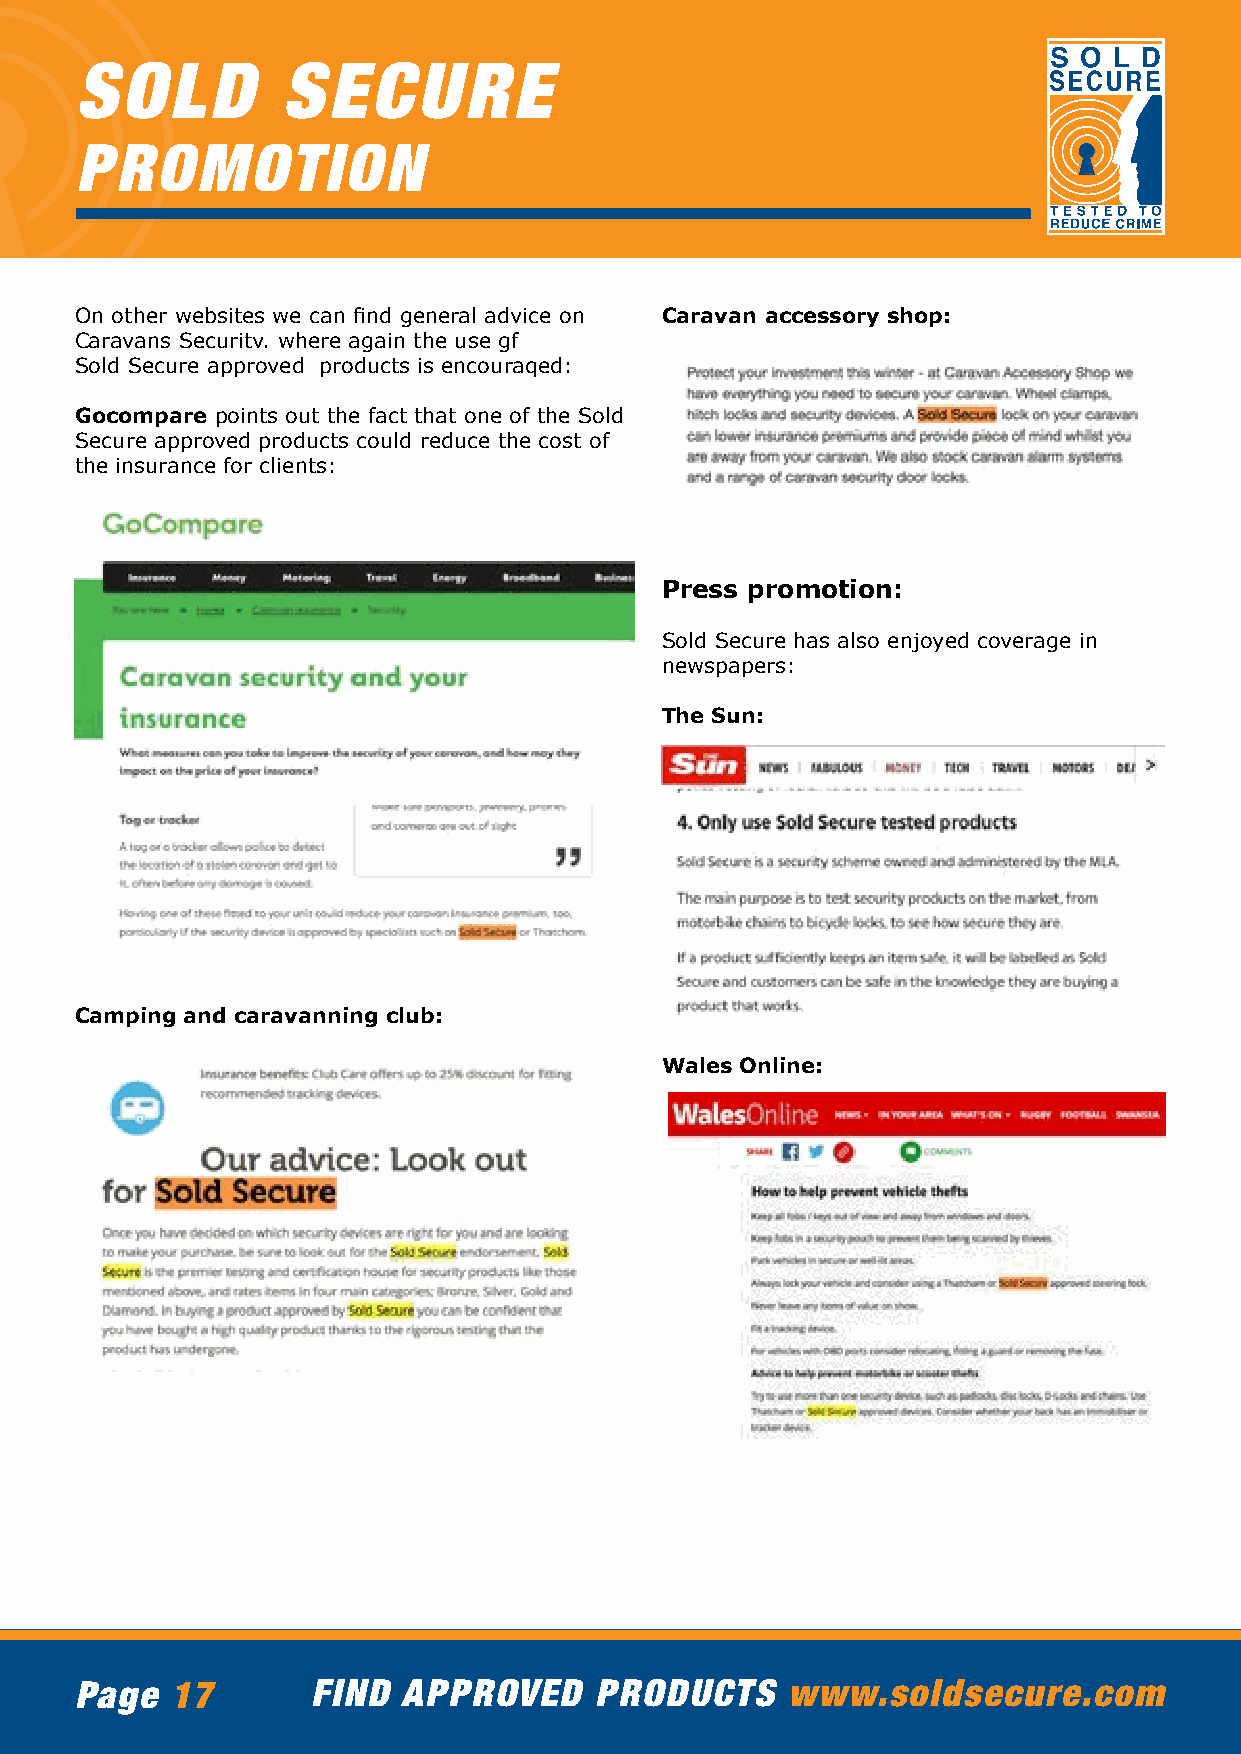
SOLD          SECURE
 PROMOTION
 On other websites we can find general advice on Caravan accessory shop:
 Caravans Securitv. where again the use gf
 Sold Secure approved products is encouraqed:
 Gocompare points out the fact that one of the Sold
 Secure approved products could reduce the cost of
 the insurance for clients:
 Press promotion:
 Sold Secure has also enjoyed coverage in
 newspapers:
 The Sun:
 Camping and caravanning club:
 Wales Online:
 Page  17        FIND  APPROVED    PRODUCTS     www.soldsecure.com